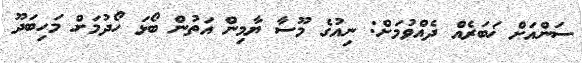
ސަންއަށް ޚަބަރެއް ދެއްވުމަށް: ނިއުގެ މޫސާ ޔާމިން އަތުން ބޯޅަ ހޯދުމަށް މަހިބަދޫ